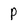
Character: P